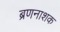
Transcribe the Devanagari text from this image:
ब्रणनाशक